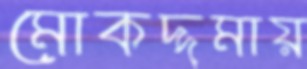
মোকদ্দমায়